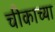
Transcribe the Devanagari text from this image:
चीकाच्या